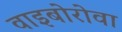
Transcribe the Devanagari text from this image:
वाइबोरोवा